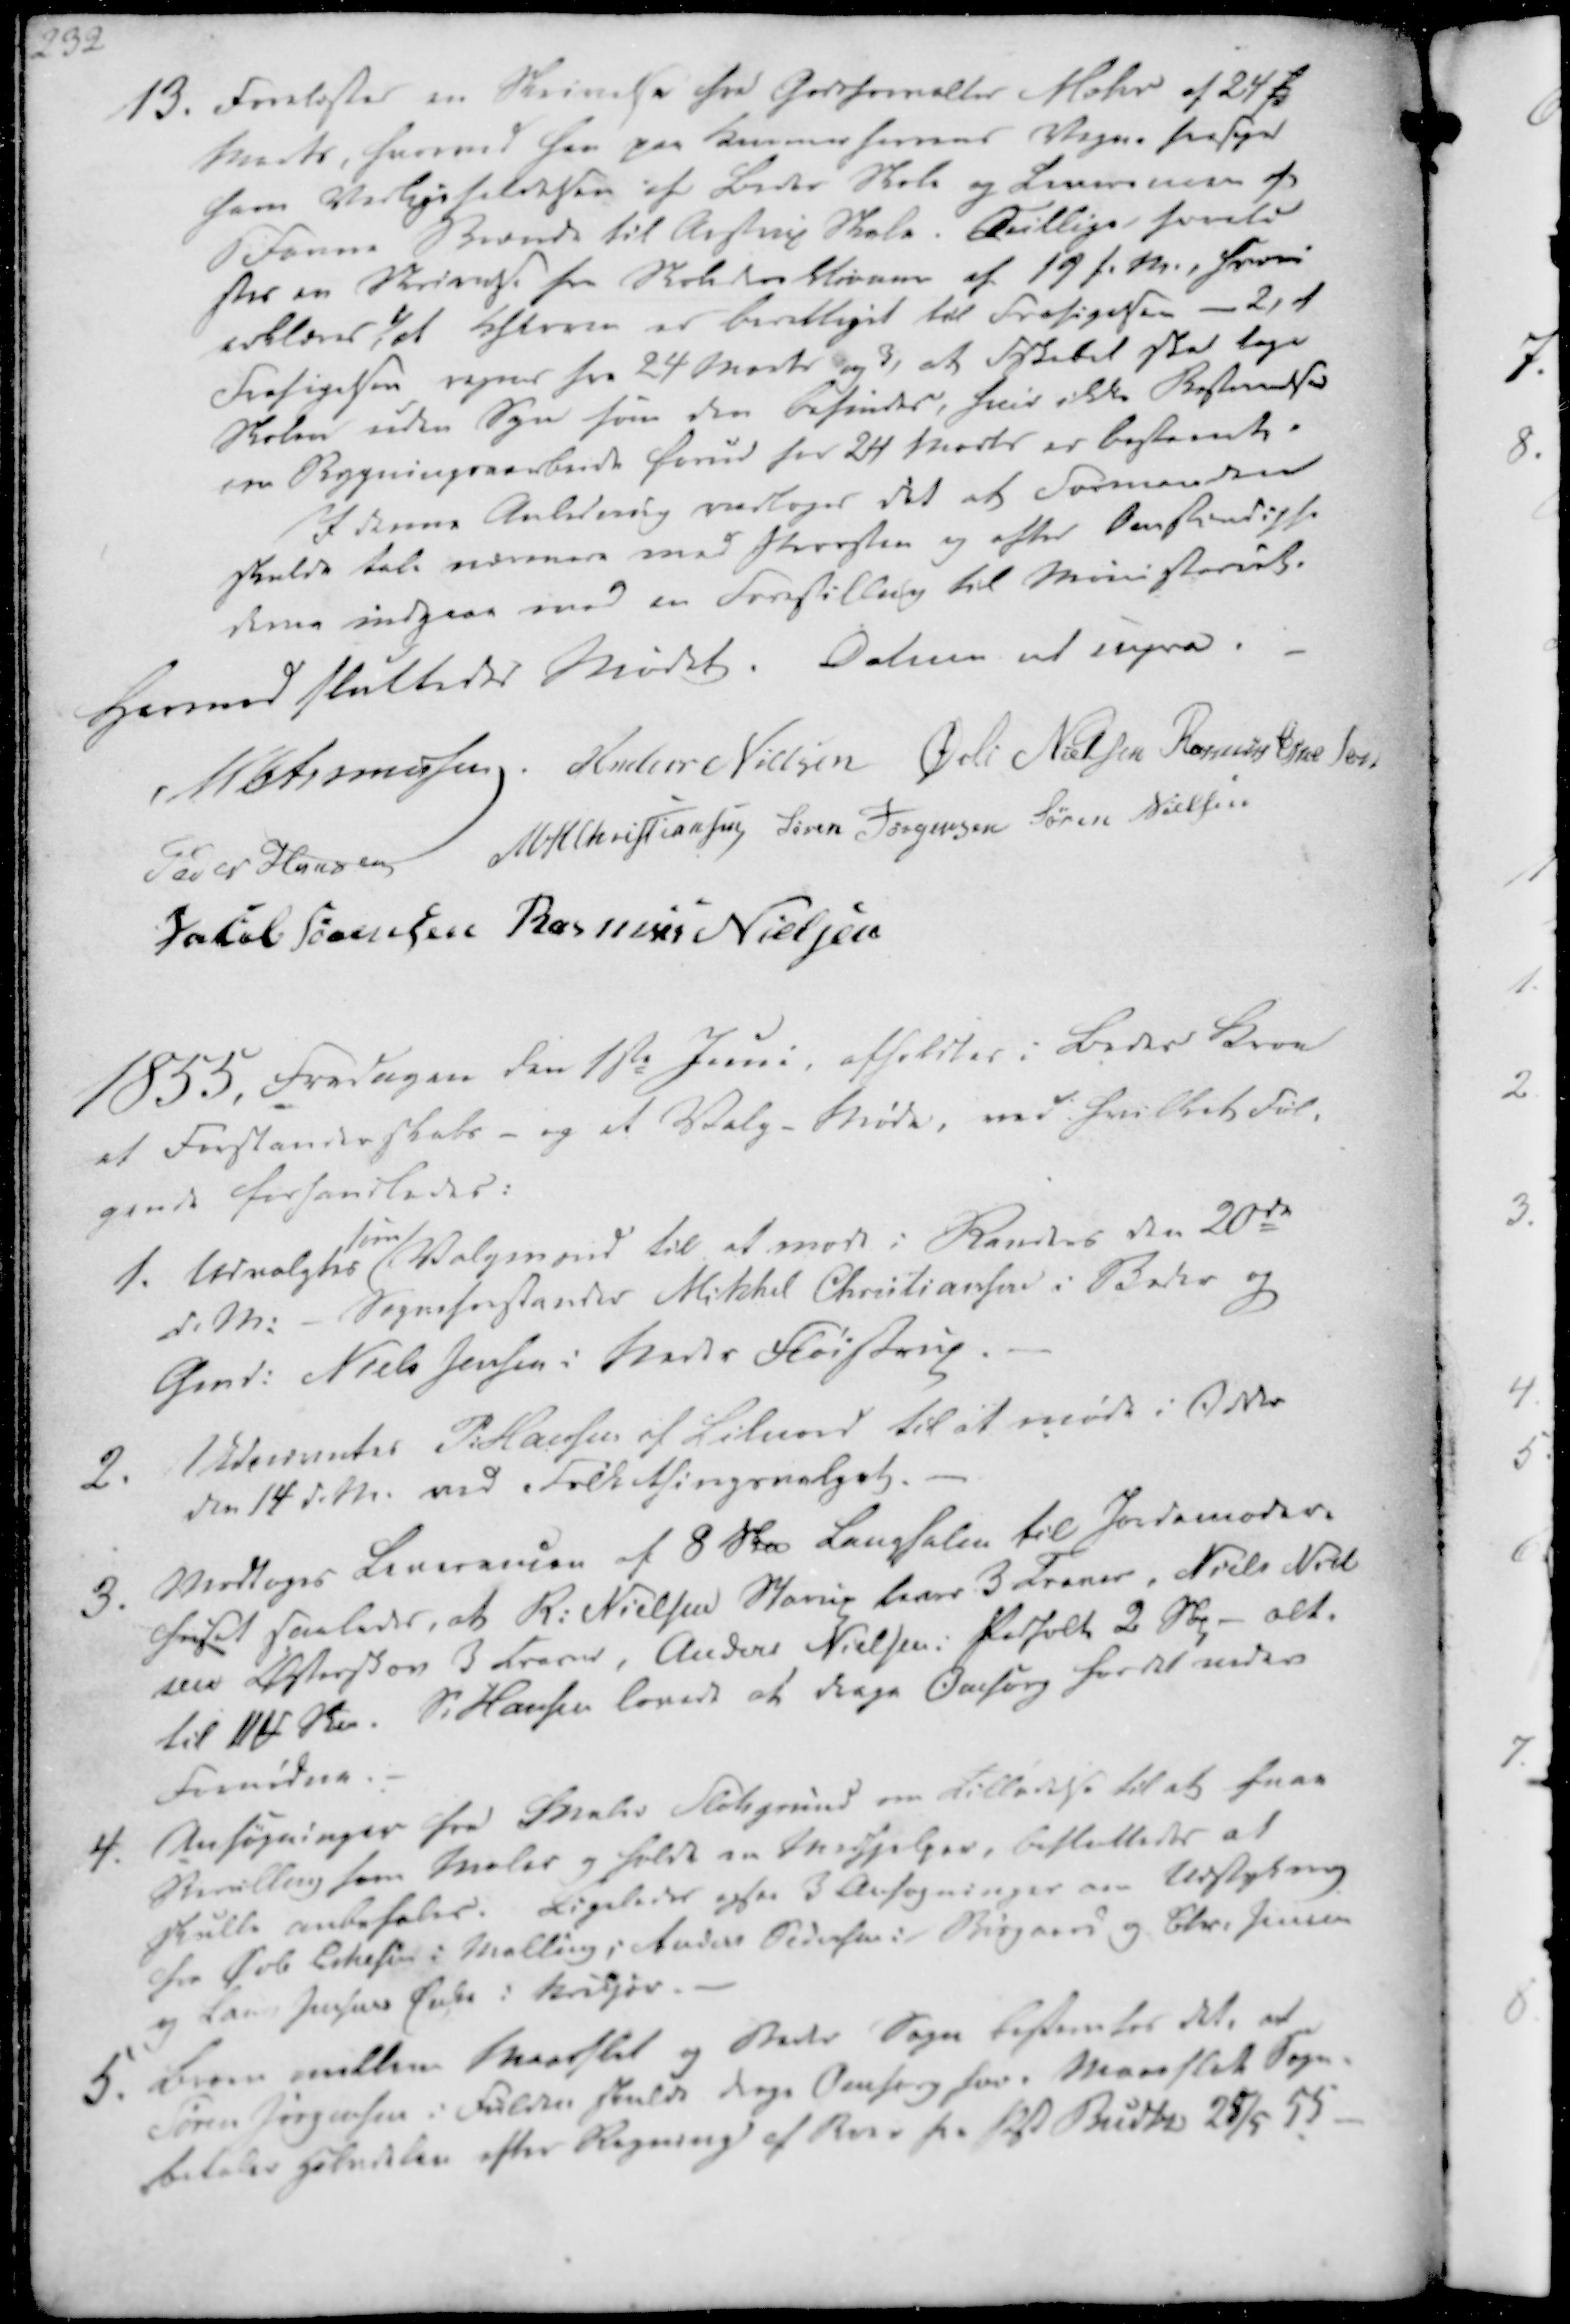
Transskription:
13. Forelæstes en Skrivelse fra Godsforvalter Mohr af 24 f.
Marts, hvorved han paa Kammerherrens Vegne frasyn
ham Vedligeholdelsen af Beder Skole og Lineremen af
6 Favne Brænde til Aistrup Skole. Tvillige foreli
ster en Skrivelse fra Skoledirektionen af 19 f.M., hvori
erklærer, 1) at Efteren er berettiget til Frasigelsen - 2, at
Frasigelsen regnes fra 24 Marts og 3, at Fskabet skal tage
Skolen uden Syn som den Befindes, hvis ikke Bestemmelsen
om Bygningsarbeide forud for 24 Marts er bestemte.
I denne Anledning vedtoges det at Formanden
skulde tale nærmere med Præsten og efter Omstændighe
derne indgaae med en Forestilling til Ministeret.

Hermed sluttedes Mødet. Datum ut supra.
M Asmussen
Anders Nielsen
Øvli Nielsen
Rasmus Eskesen
Peder Hansen
M. H. Christiansen
Søren Jørgensen
Søren Nielsen
Jacob Sørensen
Rasmus Nielsen

1855, Fredagen den 1ste Juni, afholdtes i Beder Kroe
et Forstanderskabs - og et Valg - Møde, ved hvilket Føl-
gende Forhandledes:

1. Udvalgtes
som
Valgmænd til at møde i Randers den 20de
d.M. - Sogneforstander Mikkel Christiansen i Beder og
Gmd. Niels Jensen i Neder Fløistrup
2.
Udnævntes P. Hansen af Lilnord til at møde i Odder
den 14 d.M. ved Folkethingsvalget.
3. Modtages Leverancen af 8 Skp Langhalm til Jordemoder-
huset saaledes, at R. Nielsen Starup laver 3 Traner, Niels Niel
sen Østerskov 3 traver, Anders Nielsen i Pedholt 2 Skp alt.
til 11 ₻ Skp. P. Hansen lovede at drage Omsorg for det under
Fornødne.

4. Ansøgninger fra Maler Slotgrund om Tilladelse til at faae
Bevilling som Maler og holde en Medhjelper, besluttedes at
skulle anbefales. Ligeledes ogsaa 3 Ansøgninger om Udstykning
fra Øvle Eskesen i Malling; Anders Pedersen i Bisgaard og Chr. Jensen
og Lars Jensens Enke i Krekjær.
5. Breve mellem Maarslet og Beder Sogn bestemtes det, at
Søren Jørgensen i Fulden skulde drage Omsorg for Marslet Sogn,
betales Halvdelen efter Regning af Brev fra Pst Budtz 28/5 55.